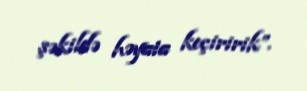
şəkildə həyata keçiririk”.